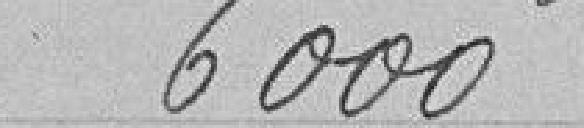
6000 francs